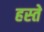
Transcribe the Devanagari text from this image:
हस्‍ते